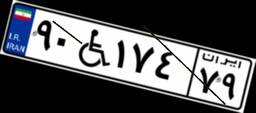
۹۰W۱۷۴۷۹